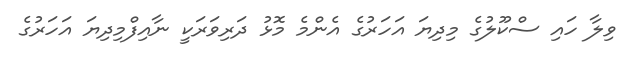
ވިލާ ހައި ސްކޫލުގެ މިދިޔަ އަހަރުގެ އެންމެ މޮޅު ދަރިވަރަކީ ނާއިފްމިދިޔަ އަހަރުގެ